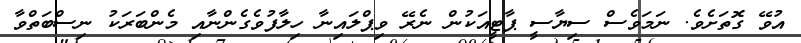
އުވޭ ގޮތަށެވެ. ނަމަވެސް ސިޔާސީ ޕާޓީއަކުން ނެރޭ ވިޕްލައިނާ ހިލާފުވެގެންނާއި މެންބަރަކު ނިސްބަތްވާ